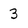
Character: 3